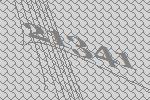
21341